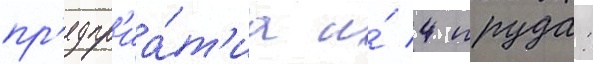
пр'едпр'иа́т'иа и́ 4 пруда: